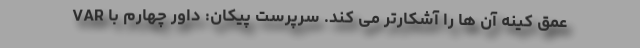
عمق کینه آن ها را آشکارتر می کند. سرپرست پیکان: داور چهارم با VAR